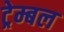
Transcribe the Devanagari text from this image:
ट्रेम्बल